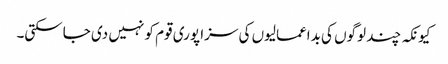
کیونکہ چند لوگوں کی بداعمالیوں کی سزا پوری قوم کو نہیں دی جاسکتی۔